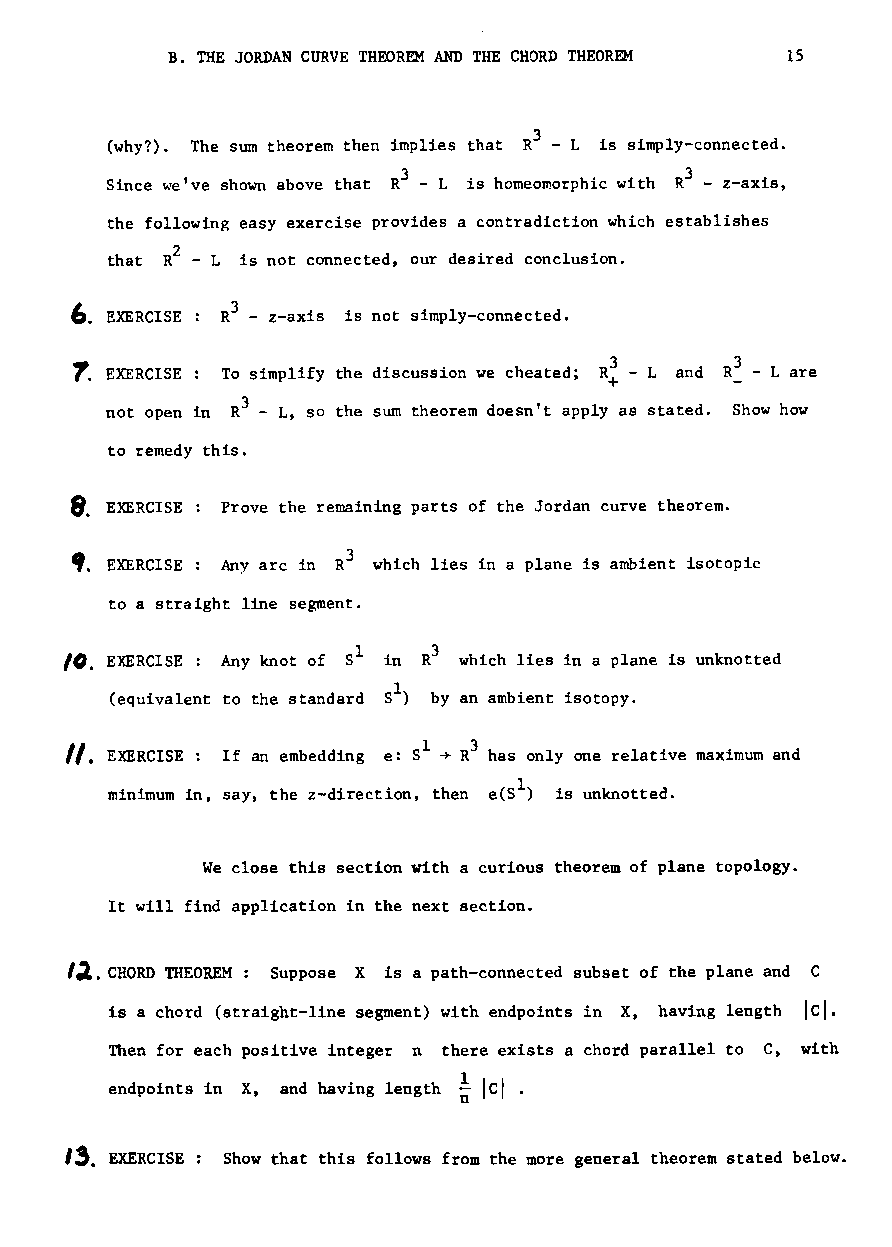
B. THE JORDAN CURVE THEOREM AND THE CHORD THEOREM 15
 3
 (why?). The sum theorem then implies that R - L is simply-connected.
 3                 3
 Since we've shown above that R - L is homeomorphic with R - z-axis,
 the following easy exercise provides a contradiction which establishes
 2
 that R - L is not connected, our desired conclusion.
 6.        3
 EXERCISE R - z-axis is not simply-connected.
 1.                                 3        3
 EXERCISE To simplify the discussion we cheated; R - Land R - L are
 +
 3
 not open in R - L, so the sum theorem doesn't apply as stated. Show how
 to remedy this.
 8.
 EXERCISE Prove the remaining parts of the Jordan curve theorem.
 3
 ,. EXERCISE: Any arc in R which lies in a plane is ambient isotopic
 to a straight line segment.
 10. EXERCISE : Any knot of 81 in R3 which lies in a plane is unknotted
 1
 (equivalent to the standard 8 ) by an ambient isotopy.
 ~ 3
 ". EXERCISE: If an embedding e: Sl R has only one relative maximum and
 minimum in, say, the z-direction, then e(S1) is unknotted.
 We close this section with a curious theorem of plane topology.
 It will find application in the next section.
 l;l. CHORD THEOREM: Suppose X is a path-connected subset of the plane and C
 Ici.
 is a chord (straight-line segment) with endpoints in X, having length
 Then for each positive integer n there exists a chord parallel to C, with
 endpoints in X, and having length ! Ici .
 n
 13.
 EXERCISE Show that this follows from the more general theorem stated below.